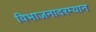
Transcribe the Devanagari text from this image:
विभाजनादरम्यान